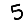
Digit: 5